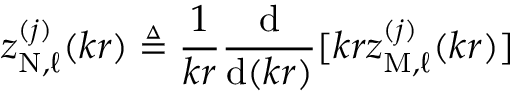
z _ { \mathrm { N } , \ell } ^ { ( j ) } ( k r ) \triangleq \frac { 1 } { k r } \frac { \mathrm { d } } { \mathrm { d } ( k r ) } [ k r z _ { \mathrm { M } , \ell } ^ { ( j ) } ( k r ) ]